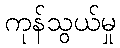
ကုန်သွယ်မှု